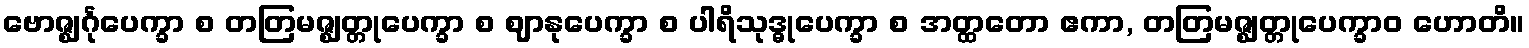
ဗောဇ္ဈင်္ဂုပေက္ခာ စ တတြမဇ္ဈတ္တုပေက္ခာ စ ဈာနုပေက္ခာ စ ပါရိသုဒ္ဓုပေက္ခာ စ အတ္ထတော ဧကာ, တတြမဇ္ဈတ္တုပေက္ခာဝ ဟောတိ။